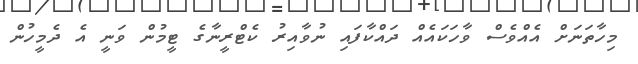
މިހާތަނަށް އެއްވެސް ވާހަކައެއް ދައްކާފައި ނުވާއިރު ކެޓްރީނާގެ ޓީމުން ވަނީ އެ ދެމީހުން